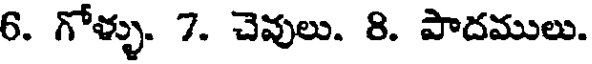
6. గోళ్ళు. 7. చెవులు. 8. పాదములు.